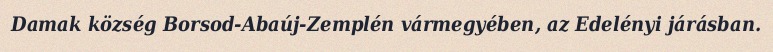
Damak község Borsod-Abaúj-Zemplén vármegyében, az Edelényi járásban.